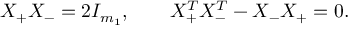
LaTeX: X _ { + } X _ { - } = 2 I _ { m _ { 1 } } , \qquad X _ { + } ^ { T } X _ { - } ^ { T } - X _ { - } X _ { + } = 0 .